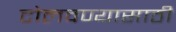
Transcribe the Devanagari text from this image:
टोलवण्यासाठी